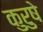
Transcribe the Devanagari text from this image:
कुरुषे